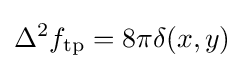
\Delta ^{2}f_{\text{tp}}=8\pi \delta (x,y)